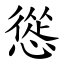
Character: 慫